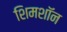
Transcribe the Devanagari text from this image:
शिमशॉन